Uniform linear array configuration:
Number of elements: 24
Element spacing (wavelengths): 0.5
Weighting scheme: kaiser
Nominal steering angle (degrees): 15
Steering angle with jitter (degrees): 16.156
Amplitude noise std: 0.05
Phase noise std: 0.05

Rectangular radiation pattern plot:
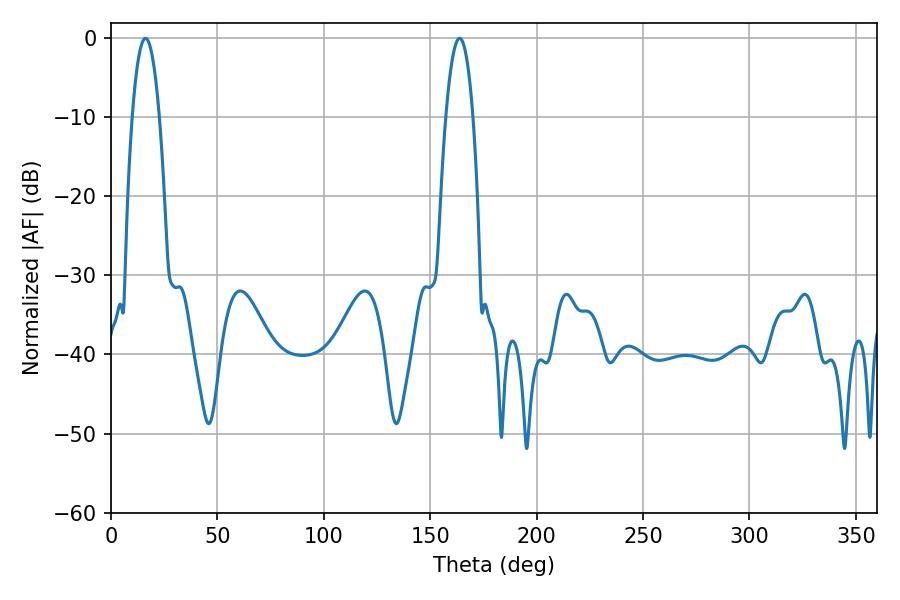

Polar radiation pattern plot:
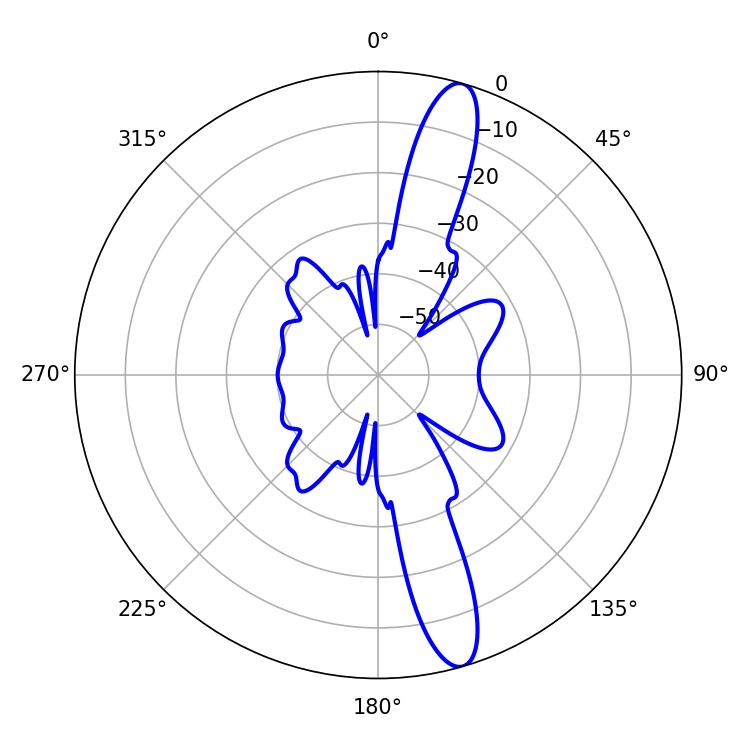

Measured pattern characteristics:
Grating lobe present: FALSE
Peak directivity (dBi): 14.302
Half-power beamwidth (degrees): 7.02
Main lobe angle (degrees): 16.2